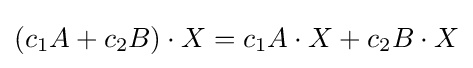
(c_{1}A+c_{2}B)\cdot X=c_{1}A\cdot X+c_{2}B\cdot X